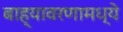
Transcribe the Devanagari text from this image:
बाह्यावरणामध्ये